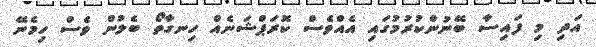
އަދި މި ފައިސާ ބޭނުންކުރުމުގައި އެއްވެސް ކޮރަޕްޝަނެއް ހިނގާތޯ ބެލުން ވެސް ހިމެނޭ